Senior Leaving Certificate Examination (including Day School Certificate (Higher) General paper), 1948
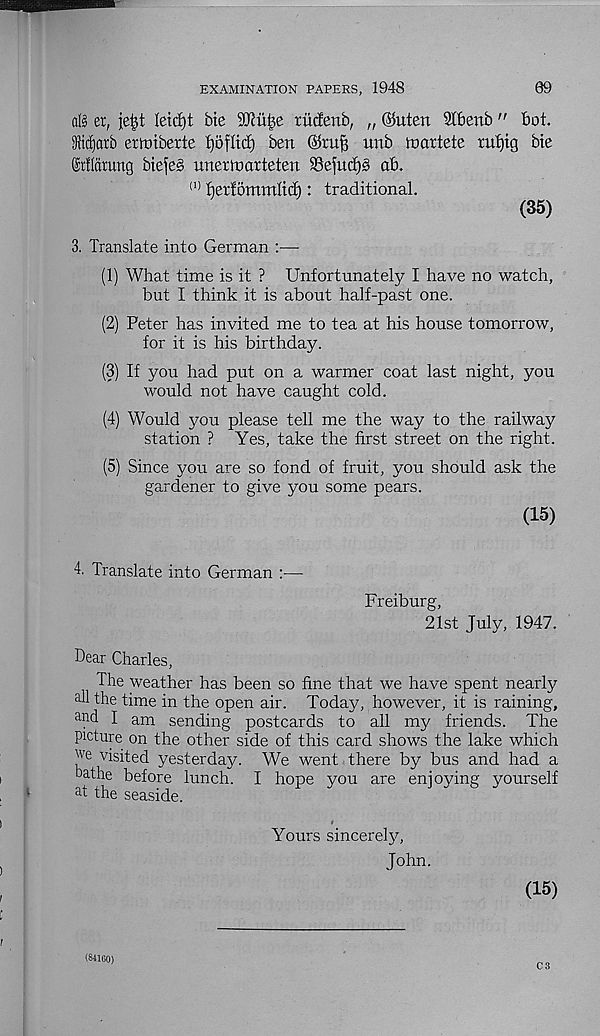
EXAMINATION PAPERS, 1948
89
a(§ er, jefet Ieid)t bie 9[Ru|e riicfenb, „ ©uten Stbenb " bot.
SKdjarb ertDtberte l)5flic£) ben ©rufj unb toortete rufjig bie
(Mlatung biefe§ interniorteten 93efud)S ab.
(1) beriommltd): traditional.
(35)
3. Translate into German :—
(1) What time is it ? Unfortunately I have no watch,
but I think it is about half-past one.
(2) Peter has invited me to tea at his house tomorrow,
for it is his birthday.
(3) If you had put on a warmer coat last night, you
would not have caught cold.
(4) Would you please tell me the way to the railway
station ? Yes, take the first street on the right.
(5) Since you are so fond of fruit, you should ask the
gardener to give you some pears.
(15)
4. Translate into German
Freiburg,
21st July, 1947.
Dear Charles,
The weather has been so fine that we have spent nearly
all the time in the open air. Today, however, it is raining,
an d I am sending postcards to all my friends. The
picture on the other side of this card shows the lake which
:|' e visited yesterday. We went there by bus and had a
bathe before lunch. I hope you are enjoying yourself
at the seaside.
Yours sincerely,
John.
(15)
(84160)
C 3